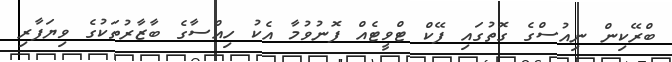
ބްރޭކިން ނިއުސްގެ ގޮތުގައި ފޭކް ޓްވީޓެއް ފޮނުވުމާ އެކު ހިއްސާގެ ބާޒާރުތަކުގެ ވިޔަފާރި